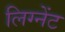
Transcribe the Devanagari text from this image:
लिग्नेंट